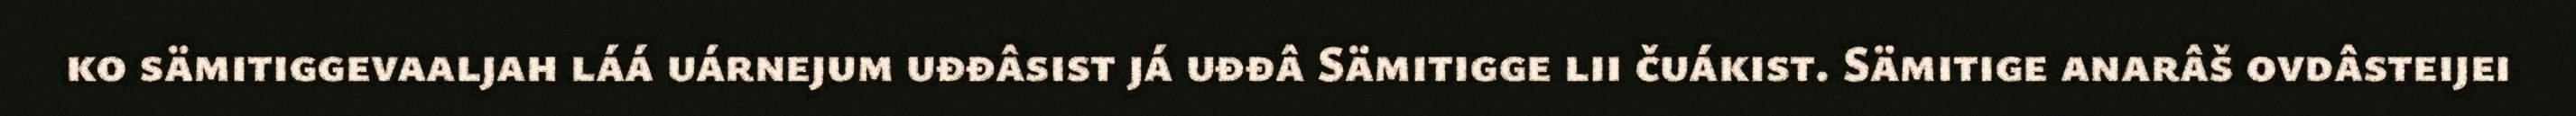
ko sämitiggevaaljah láá uárnejum uđđâsist já uđđâ Sämitigge lii čuákist. Sämitige anarâš ovdâsteijei